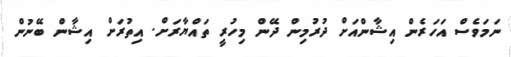
ނަމަވެސް އަހަރެން އިޝާންއަށް ދުރުމިން ދޭން މިހުރީ ތައްޔާރަށް. އިތުރަށް އިޝާން ބޭނުން